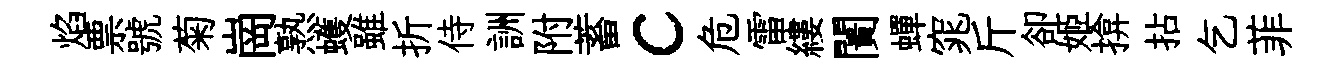
焰票號菊崗熟蠖雖折侍詶附蓄c危雷縷闠蟬窕斤卻姬揜拈乞菲